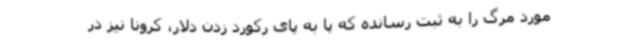
مورد مرگ را به ثبت رسانده که پا به پای رکورد زدن دلار، کرونا نیز در